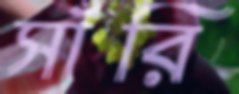
সাঁরি